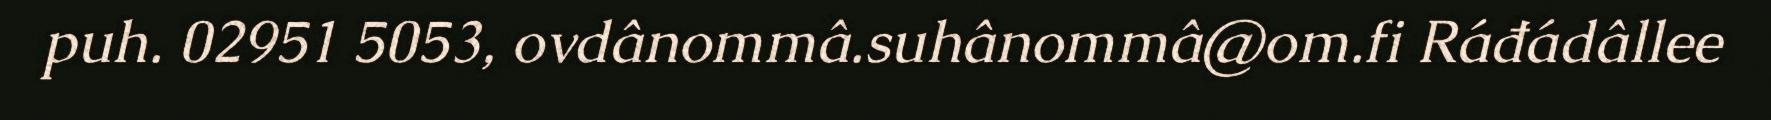
puh. 02951 5053, ovdânommâ.suhânommâ@om.fi Ráđádâllee